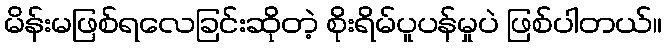
မိန်းမဖြစ်ရလေခြင်းဆိုတဲ့ စိုးရိမ်ပူပန်မှုပဲ ဖြစ်ပါတယ်။